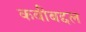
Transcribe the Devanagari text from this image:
कवीबद्दल